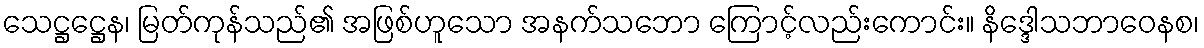
သေဋ္ဌဋ္ဌေန၊ မြတ်ကုန်သည်၏ အဖြစ်ဟူသော အနက်သဘော ကြောင့်လည်းကောင်း။ နိဒ္ဒေါသဘာဝေနစ၊